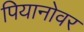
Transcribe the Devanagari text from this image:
पियानोवर